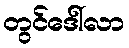
တွင်ဒေါ်လာ